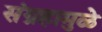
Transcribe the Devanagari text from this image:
संग्रहामुळे